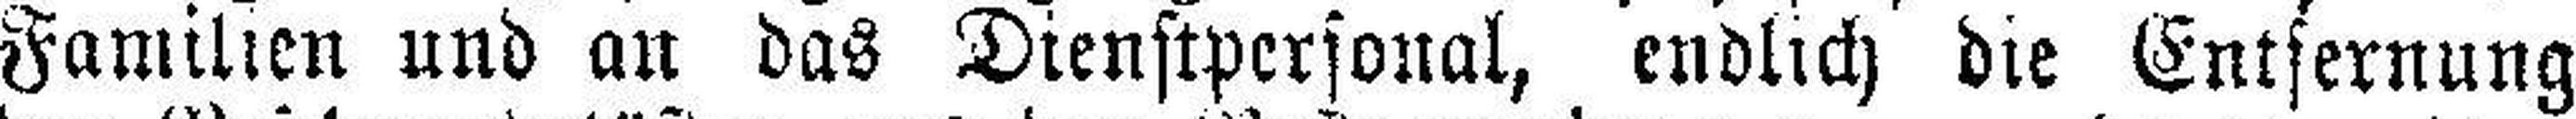
Familien und an das Dienstpersonal, endlich die Entfernung